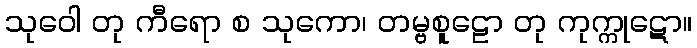
သုဝေါ တု ကီရော စ သုကော၊ တမ္ဗစူဠော တု ကုက္ကုဋော။